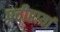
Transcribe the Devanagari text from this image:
प्रदीप्तायां